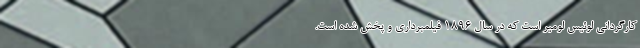
کارگردانی لوئیس لومیر است که در سال ۱۸۹۶ فیلمبرداری و پخش شده است.